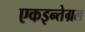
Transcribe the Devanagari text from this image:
एकइन्तेग्रल